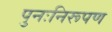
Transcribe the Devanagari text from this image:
पुनःनिरूपण